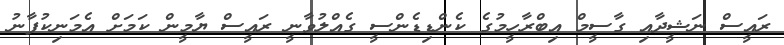
ރައީސް ނަޝީދާއި ގާސީމް އިބްރާހީމުގެ ކެންޑިޑެންސީ ގެއްލުވާނީ ރައީސް ޔާމީން ކަމަށް އެމަނިކުފާނު